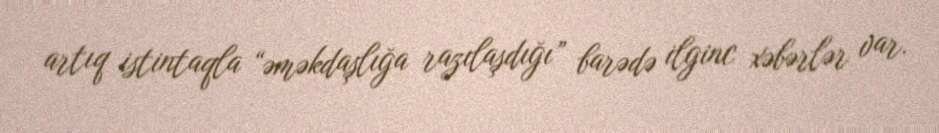
artıq istintaqla “əməkdaşlığa razılaşdığı” barədə ilginc xəbərlər var.